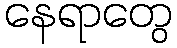
နေရာတွေ